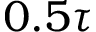
0 . 5 \tau